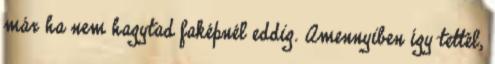
már ha nem hagytad faképnél eddig. Amennyiben így tettél,